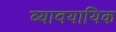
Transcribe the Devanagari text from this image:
व्‍यावयायिक